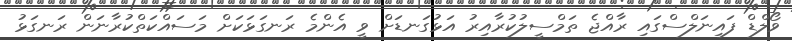
ވޯލްޑް ފައިނަލްސްގައި ރާއްޖެ ތަމްސީލުކުރާއިރު އަޅުގަނޑަށް ވީ އެންމެ ރަނގަޅަކަށް މަސައްކަތްކުރާނަން ރަނގަޅު